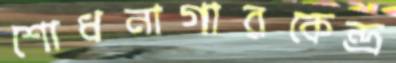
শোধনাগারকেন্দ্র